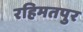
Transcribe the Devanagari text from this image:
रहिमतपुर